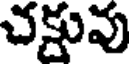
చక్షువు